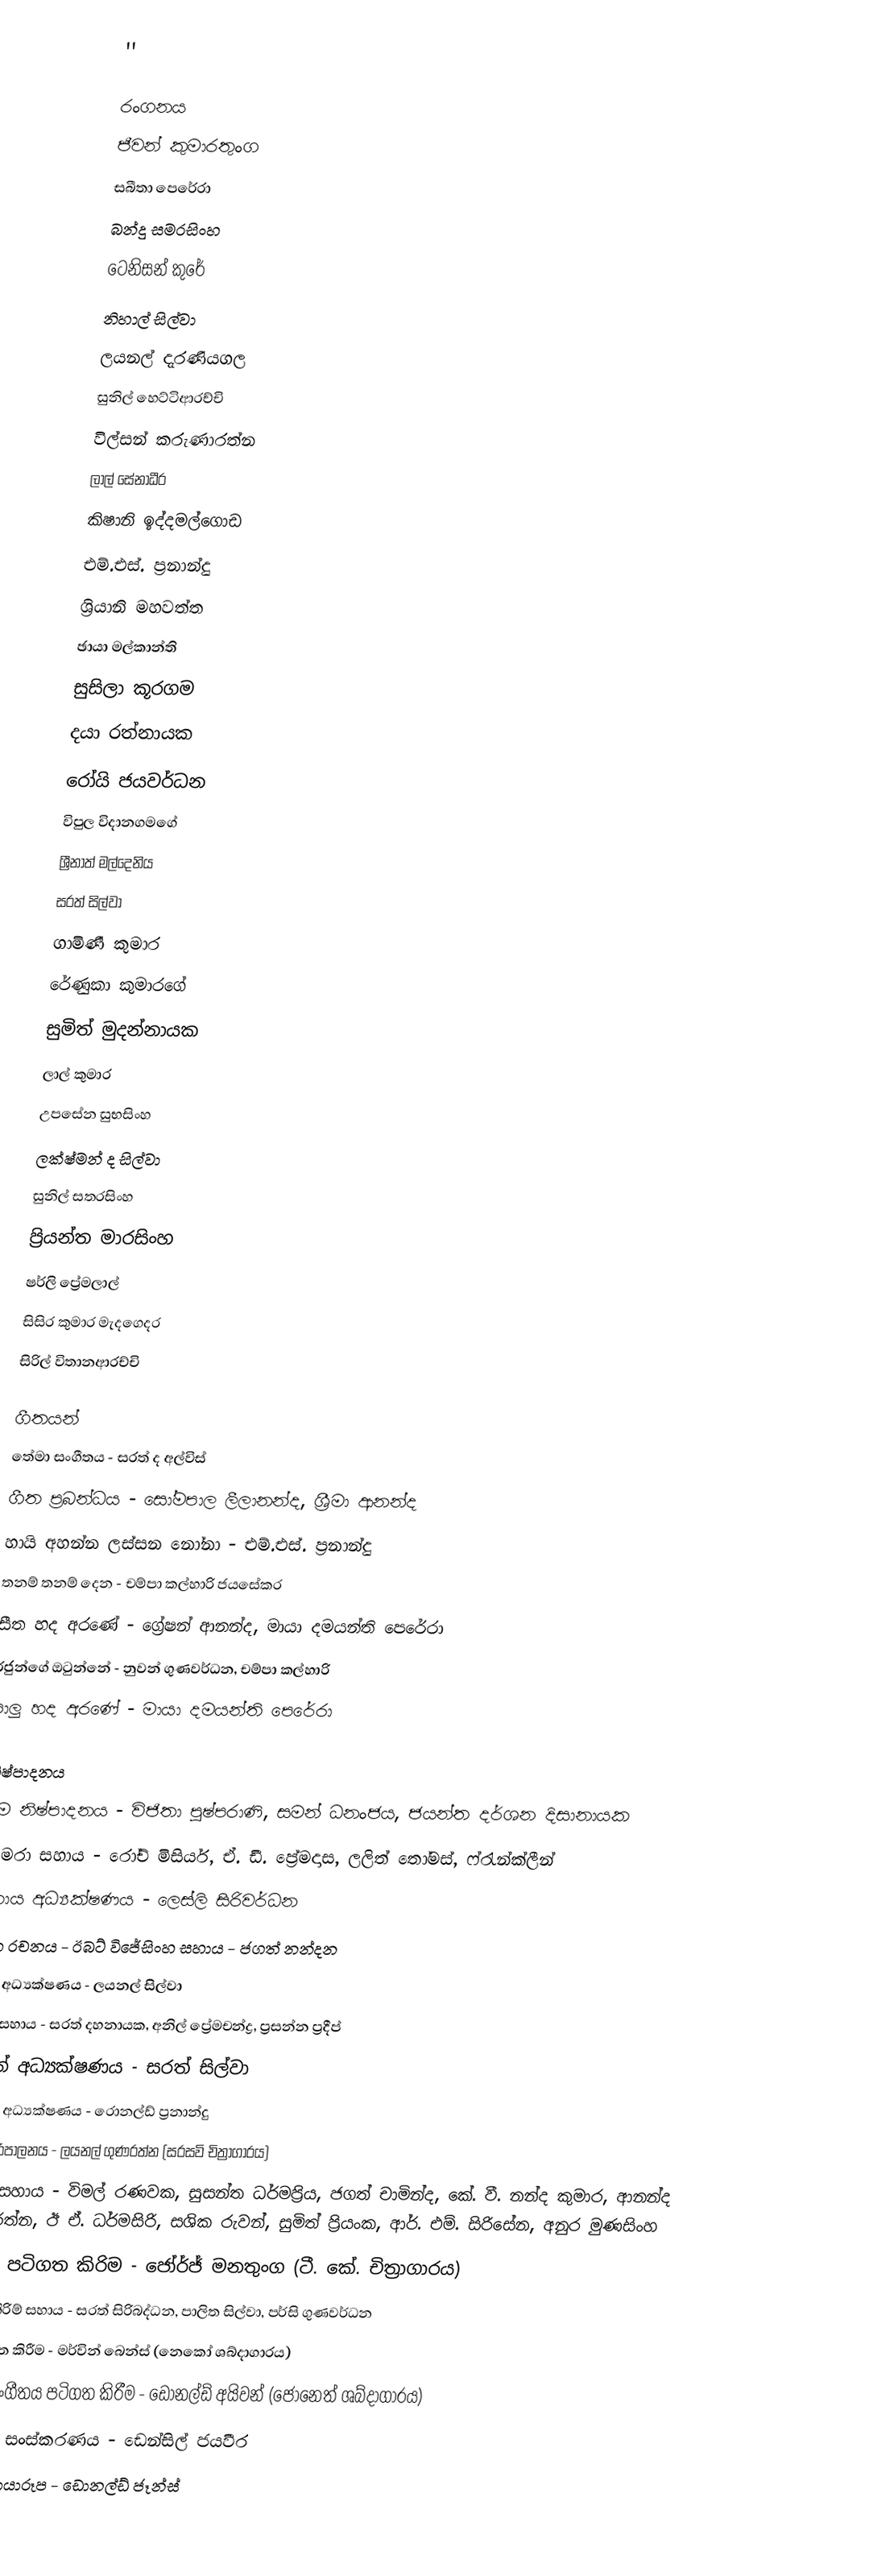
''

රංගනය
ජීවන් කුමාරතුංග
සබීතා පෙරේරා
බන්දු සමරසිංහ
ටෙනිසන් කුරේ
නිහාල් සිල්වා
ලයනල් දැරණියගල
සුනිල් හෙට්ටිආරච්චි
විල්සන් කරුණාරත්න
ලාල් සේනාධීර
කිෂානි ඉද්දමල්ගොඩ
එම්.එස්. ප්‍රනාන්දු
ශ්‍රියානි මහවත්ත
ඡායා මල්කාන්ති
සුසිලා කූරගම
දයා රත්නායක
රෝයි ජයවර්ධන
විපුල විදානගමගේ
ශ්‍රීනාත් මල්දෙනිය
සරත් සිල්වා
ගාමිණී කුමාර
රේණුකා කුමාරගේ
සුමිත් මුදන්නායක
ලාල් කුමාර
උපසේන සුභසිංහ
ලක්ෂ්මන් ද සිල්වා
සුනිල් සතරසිංහ
ප්‍රියන්ත මාරසිංහ
ෂර්ලි ප්‍රේමලාල්
සිසිර කුමාර මැදගෙදර
සිරිල් විතානආරච්චි

ගීතයන්
තේමා සංගීතය - සරත් ද අල්විස්
ගීත ප්‍රබන්ධය - සෝමපාල ලීලානන්ද, ශ්‍රීමා ආනන්ද
හායි අහන්න ලස්සන නෝනා - එම්.එස්. ප්‍රනාන්දු
තනම් තනම් දෙන - චම්පා කල්හාරි ජයසේකර
සීත හද අරණේ - ග්‍රේෂන් ආනන්ද, මායා දමයන්ති පෙරේරා
රජුන්ගේ ඔටුන්නේ - නුවන් ගුණවර්ධන, චම්පා කල්හාරි
පාලු හද අරණේ - මායා දමයන්ති පෙරේරා

නිෂ්පාදනය
සම නිෂ්පාදනය - විජිතා පුෂ්පරාණි, සමන් ධනංජය, ජයන්ත දර්ශන දිසානායක
කැමරා සහාය - රෝච් මිසියර්, ඒ. ඩී. ප්‍රේමදාස, ලලිත් තෝමස්, ෆ්රැන්ක්ලීන්
සහාය අධ්‍යක්ෂණය - ලෙස්ලි සිරිවර්ධන
අංග රචනය - ඊබට් විජේසිංහ සහාය - ජගත් නන්දන
කලා අධ්‍යක්ෂණය - ලයනල් සිල්වා
කලා සහාය - සරත් දහනායක, අනිල් ප්‍රේමචන්ද්‍ර, ප්‍රසන්න ප්‍රදීප්
සටන් අධ්‍යක්ෂණය - සරත් සිල්වා
නැටුම් අධ්‍යක්ෂණය - රොනල්ඩ් ප්‍රනාන්දු
ශබ්ද පරිපාලනය - ලයනල් ගුණරත්න (සරසවි චිත්‍රාගාරය)
ශබ්ද සහාය - විමල් රණවක, සුසන්ත ධර්මප්‍රිය, ජගත් චාමින්ද, කේ. වී. නන්ද කුමාර, ආනන්ද වික්‍රමරත්න, ඊ ඒ. ධර්මසිරි, සශික රුවන්, සුමිත් ප්‍රියංක, ආර්. එම්. සිරිසේන, අනුර මුණසිංහ
දෙබස් පටිගත කිරිම - ජෝර්ජ් මනතුංග (ටී. කේ. චිත්‍රාගාරය)
පටිගත කිරිම් සහාය - සරත් සිරිබද්ධන, පාලිත සිල්වා, පර්සි ගුණවර්ධන
ගීත පටිගත කිරීම - මර්වින් බෙන්ස් (නෙකෝ ශබ්දාගාරය)
පසුබිම් සංගීතය පටිගත කිරීම - ඩොනල්ඩ් අයිවන් (ජෝනෙත් ශබ්දාගාරය)
අතිරේක සංස්කරණය - ඩෙන්සිල් ජයවීර
නිශ්චල ඡායාරූප - ඩොනල්ඩ් ජෑන්ස්